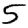
Digit: 5